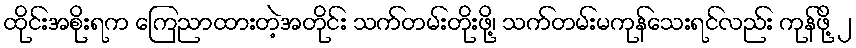
ထိုင်းအစိုးရက ကြေညာထားတဲ့အတိုင်း သက်တမ်းတိုးဖို့၊ သက်တမ်းမကုန်သေးရင်လည်း ကုန်ဖို့ ၂